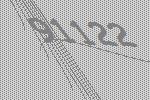
91122